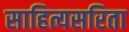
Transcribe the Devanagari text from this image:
साहित्यसरिता